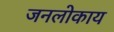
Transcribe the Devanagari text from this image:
जनलोकाय